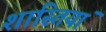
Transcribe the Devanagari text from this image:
शास्तियां